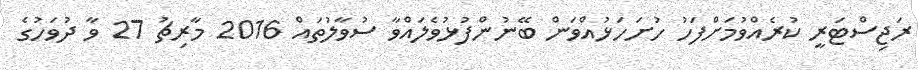
ރަޖިސްޓަރީ ކުރެއްވުމަށްފަހު ހުށަހަޅުއްވަން ބޭނުންފުޅުވެލައްވާ ސުވާލުތައް 2016 މާރިޗު 27 ވާ ދުވަހުގެ